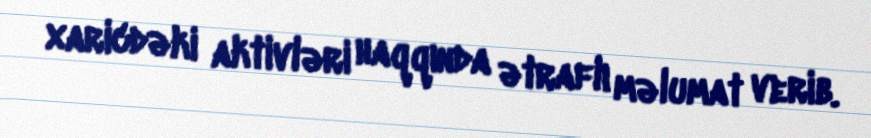
xaricdəki aktivləri haqqında ətraflı məlumat verib.